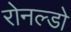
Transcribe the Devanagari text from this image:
रोनल्डो